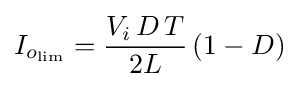
I_{o_{\text{lim}}}={\frac {V_{i}\,D\,T}{2L}}\left(1-D\right)